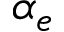
\alpha _ { e }